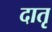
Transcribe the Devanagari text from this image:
दातृ